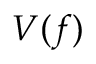
{ V } ( f )